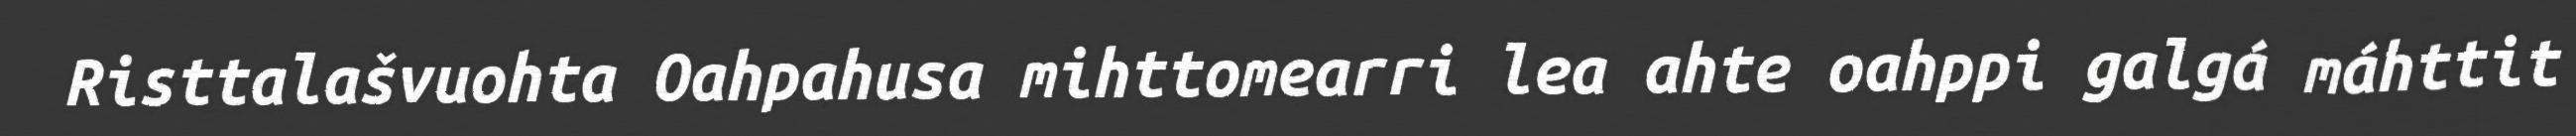
Risttalašvuohta Oahpahusa mihttomearri lea ahte oahppi galgá máhttit